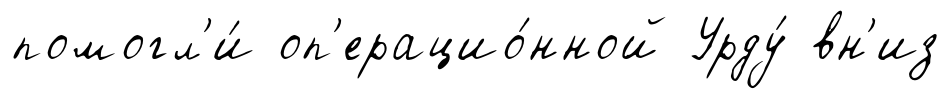
помогл'и́ оп'ерацио́нной Урду́ вн'из